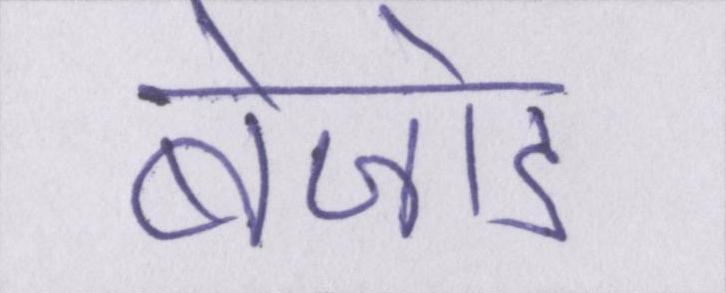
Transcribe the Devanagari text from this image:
बेजोड